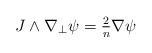
LaTeX: \begin{align*}\textstyle J\wedge\nabla_\perp\psi=\frac2n\nabla\psi\end{align*}